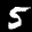
Label: 5